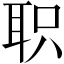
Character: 职